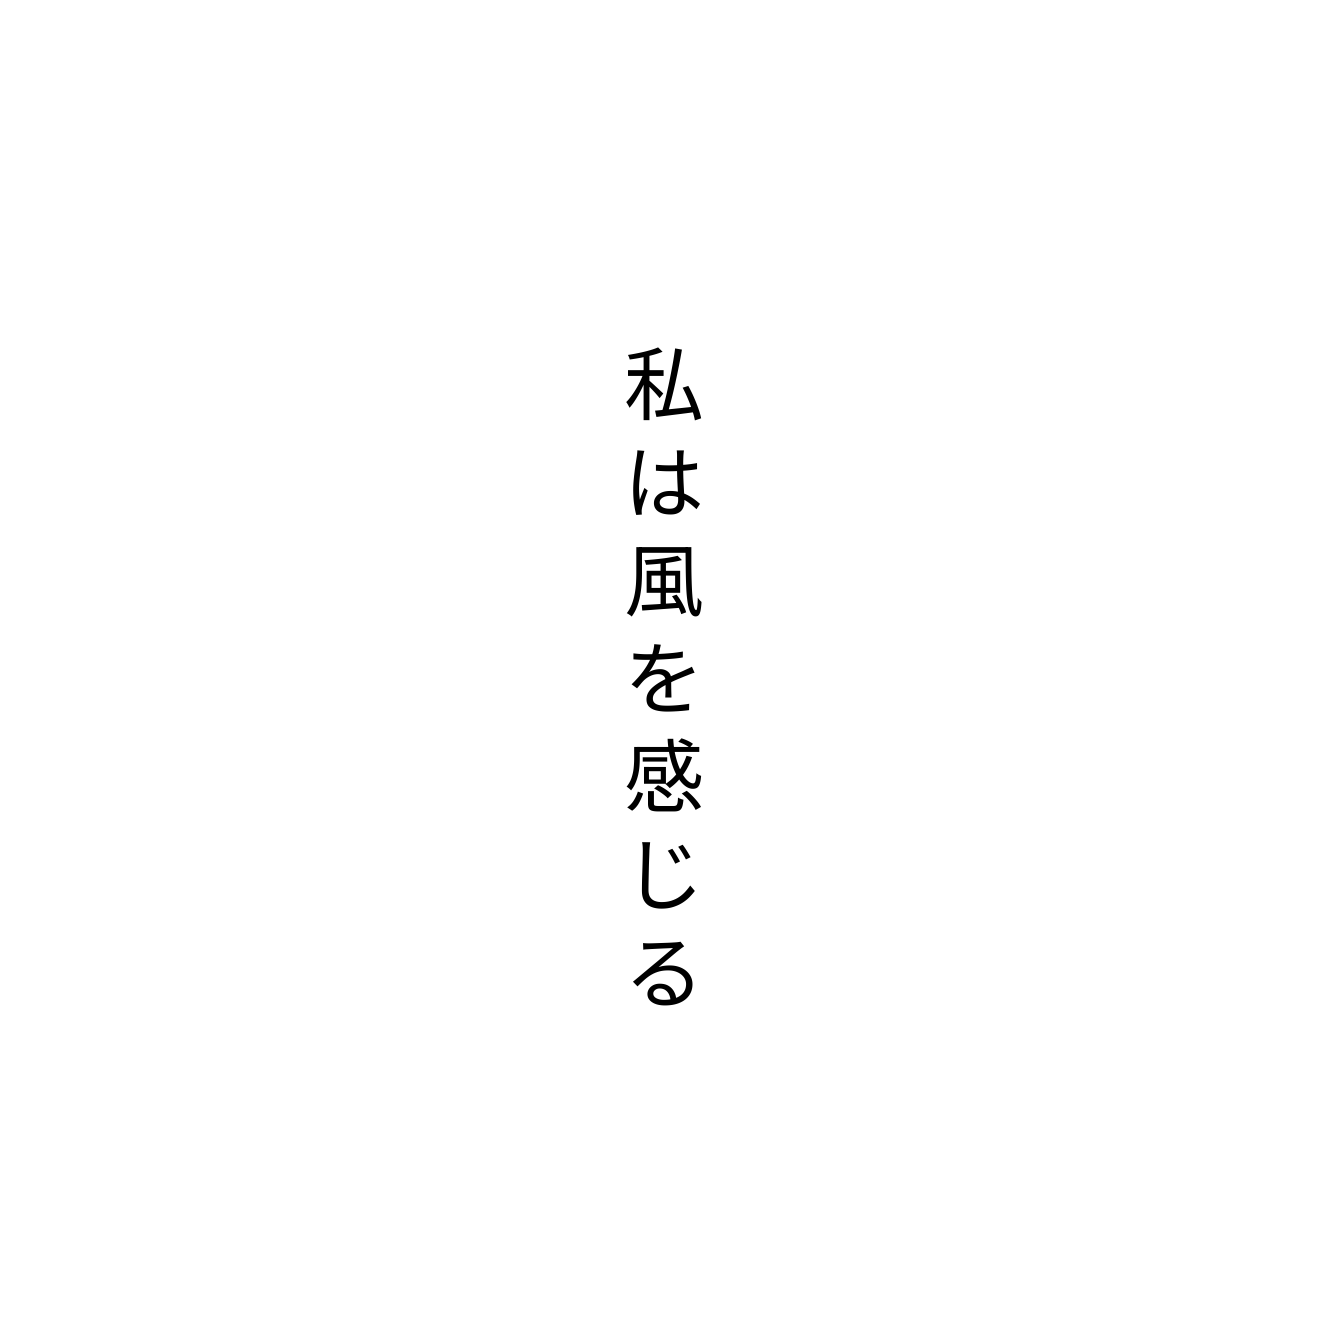
私は風を感じる